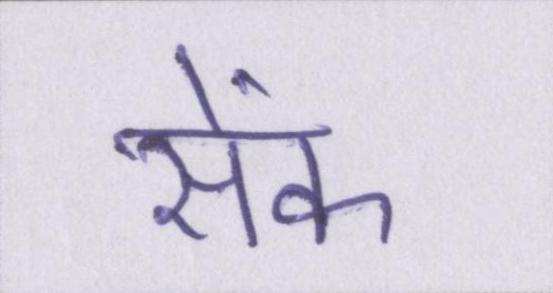
सेंक